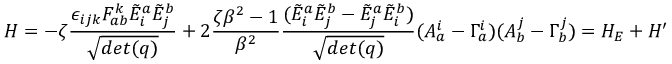
H = - \zeta { \frac { \epsilon _ { i j k } F _ { a b } ^ { k } { \tilde { E } } _ { i } ^ { a } { \tilde { E } } _ { j } ^ { b } } { \sqrt { d e t ( q ) } } } + 2 { \frac { \zeta \beta ^ { 2 } - 1 } { \beta ^ { 2 } } } { \frac { ( { \tilde { E } } _ { i } ^ { a } { \tilde { E } } _ { j } ^ { b } - { \tilde { E } } _ { j } ^ { a } { \tilde { E } } _ { i } ^ { b } ) } { \sqrt { d e t ( q ) } } } ( A _ { a } ^ { i } - \Gamma _ { a } ^ { i } ) ( A _ { b } ^ { j } - \Gamma _ { b } ^ { j } ) = H _ { E } + H ^ { \prime }